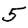
Digit: 5